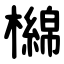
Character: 檰